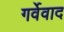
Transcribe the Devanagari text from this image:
गर्वेवाद